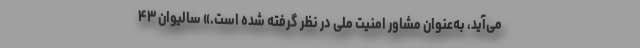
می‌آید، به‌عنوان مشاور امنیت ملی در نظر گرفته شده است.» سالیوان ۴۳